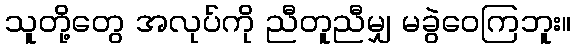
သူတို့တွေ အလုပ်ကို ညီတူညီမျှ မခွဲဝေကြဘူး။